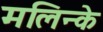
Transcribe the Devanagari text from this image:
मलिन्के